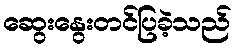
ဆွေးနွေးတင်ပြခဲ့သည်